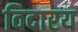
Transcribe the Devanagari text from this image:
विदारय